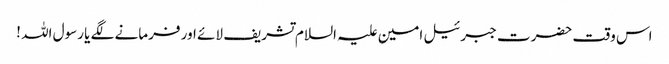
اس وقت حضرت جبرئیل امین علیہ السلام تشریف لائے اور فرمانے لگے یا رسول اللہ !